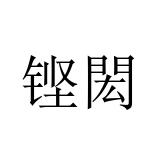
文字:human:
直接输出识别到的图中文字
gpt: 铿閎